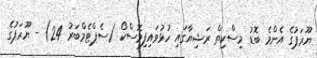
ޔޫރަޕުގެ އެންމެ ބޮޑު މިސްކިތް ރަޝިޔާގައި ހުޅުވައިފިމޮސްކޯ (ސެޕްޓެމްބަރު 24) - ޔޫރަޕުގެ